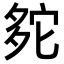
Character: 𡖟